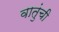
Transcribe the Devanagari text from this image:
वातुंची